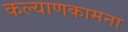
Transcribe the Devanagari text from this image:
कल्याणकामना